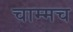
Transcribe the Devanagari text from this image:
चाम्मच